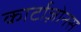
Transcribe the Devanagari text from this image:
कार्टाज़ोनस